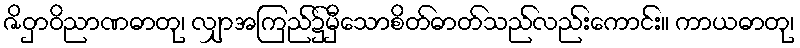
ဇိဝှာဝိညာဏဓာတု၊ လျှာအကြည်၌မှီသောစိတ်ဓာတ်သည်လည်းကောင်း။ ကာယဓာတု၊